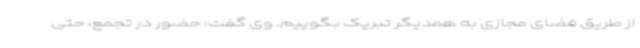
از طریق فضای مجازی به همدیگر تبریک بگوییم. وی گفت: حضور در تجمع، حتی